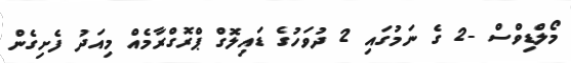
މޯލްޑިވްސް -2 ގެ ނަމުގައި 2 ދުވަހުގެ ޑައިލޮގް ޕްރޮގްރާމެއް މިއަދު ފެށިގެން